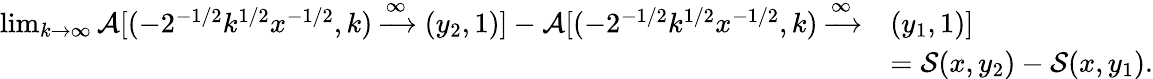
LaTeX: \begin{array}{rl}{\operatorname*{lim}_{k\to\infty}\mathcal{A}[(-2^{-1/2}k^{1/2}x^{-1/2},k)\xrightarrow{\infty}(y_{2},1)]-\mathcal{A}[(-2^{-1/2}k^{1/2}x^{-1/2},k)\xrightarrow{\infty}}&{(y_{1},1)]}\\ &{=\mathcal{S}(x,y_{2})-\mathcal{S}(x,y_{1}).}\end{array}